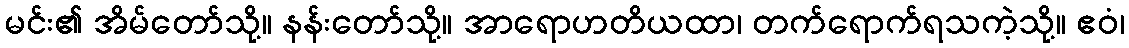
မင်း၏ အိမ်တော်သို့။ နန်းတော်သို့။ အာရောဟတိယထာ၊ တက်ရောက်ရသကဲ့သို့။ ဧဝံ၊